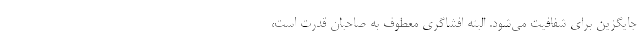
جایگزین برای شفافیت می‌شود. البته افشاگری معطوف به صاحبان قدرت است،